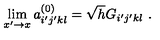
\lim _ { x ^ { \prime } \rightarrow x } a _ { i ^ { \prime } j ^ { \prime } k l } ^ { ( 0 ) } = \sqrt { h } G _ { i ^ { \prime } j ^ { \prime } k l } \ .